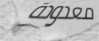
معدودة